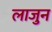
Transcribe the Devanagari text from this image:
लाजुन